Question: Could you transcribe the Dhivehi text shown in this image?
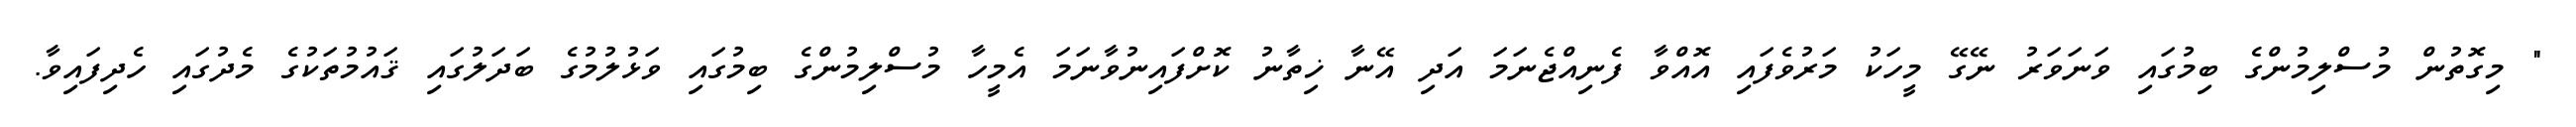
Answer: " މިގޮތުން މުސްލިމުންގެ ބިމުގައި ވަނަވަރު ނޭގޭ މީހަކު މަރުވެފައި އޮއްވާ ފެނިއްޖެނަމަ އަދި އޭނާ ޚިތާނު ކޮށްފައިނުވާނަމަ އެމީހާ މުސްލިމުންގެ ބިމުގައި ވަޅުލުމުގެ ބަދަލުގައި ޤައުމުތަކުގެ މެދުގައި ހެދިފައިވާ.